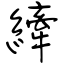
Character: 縴